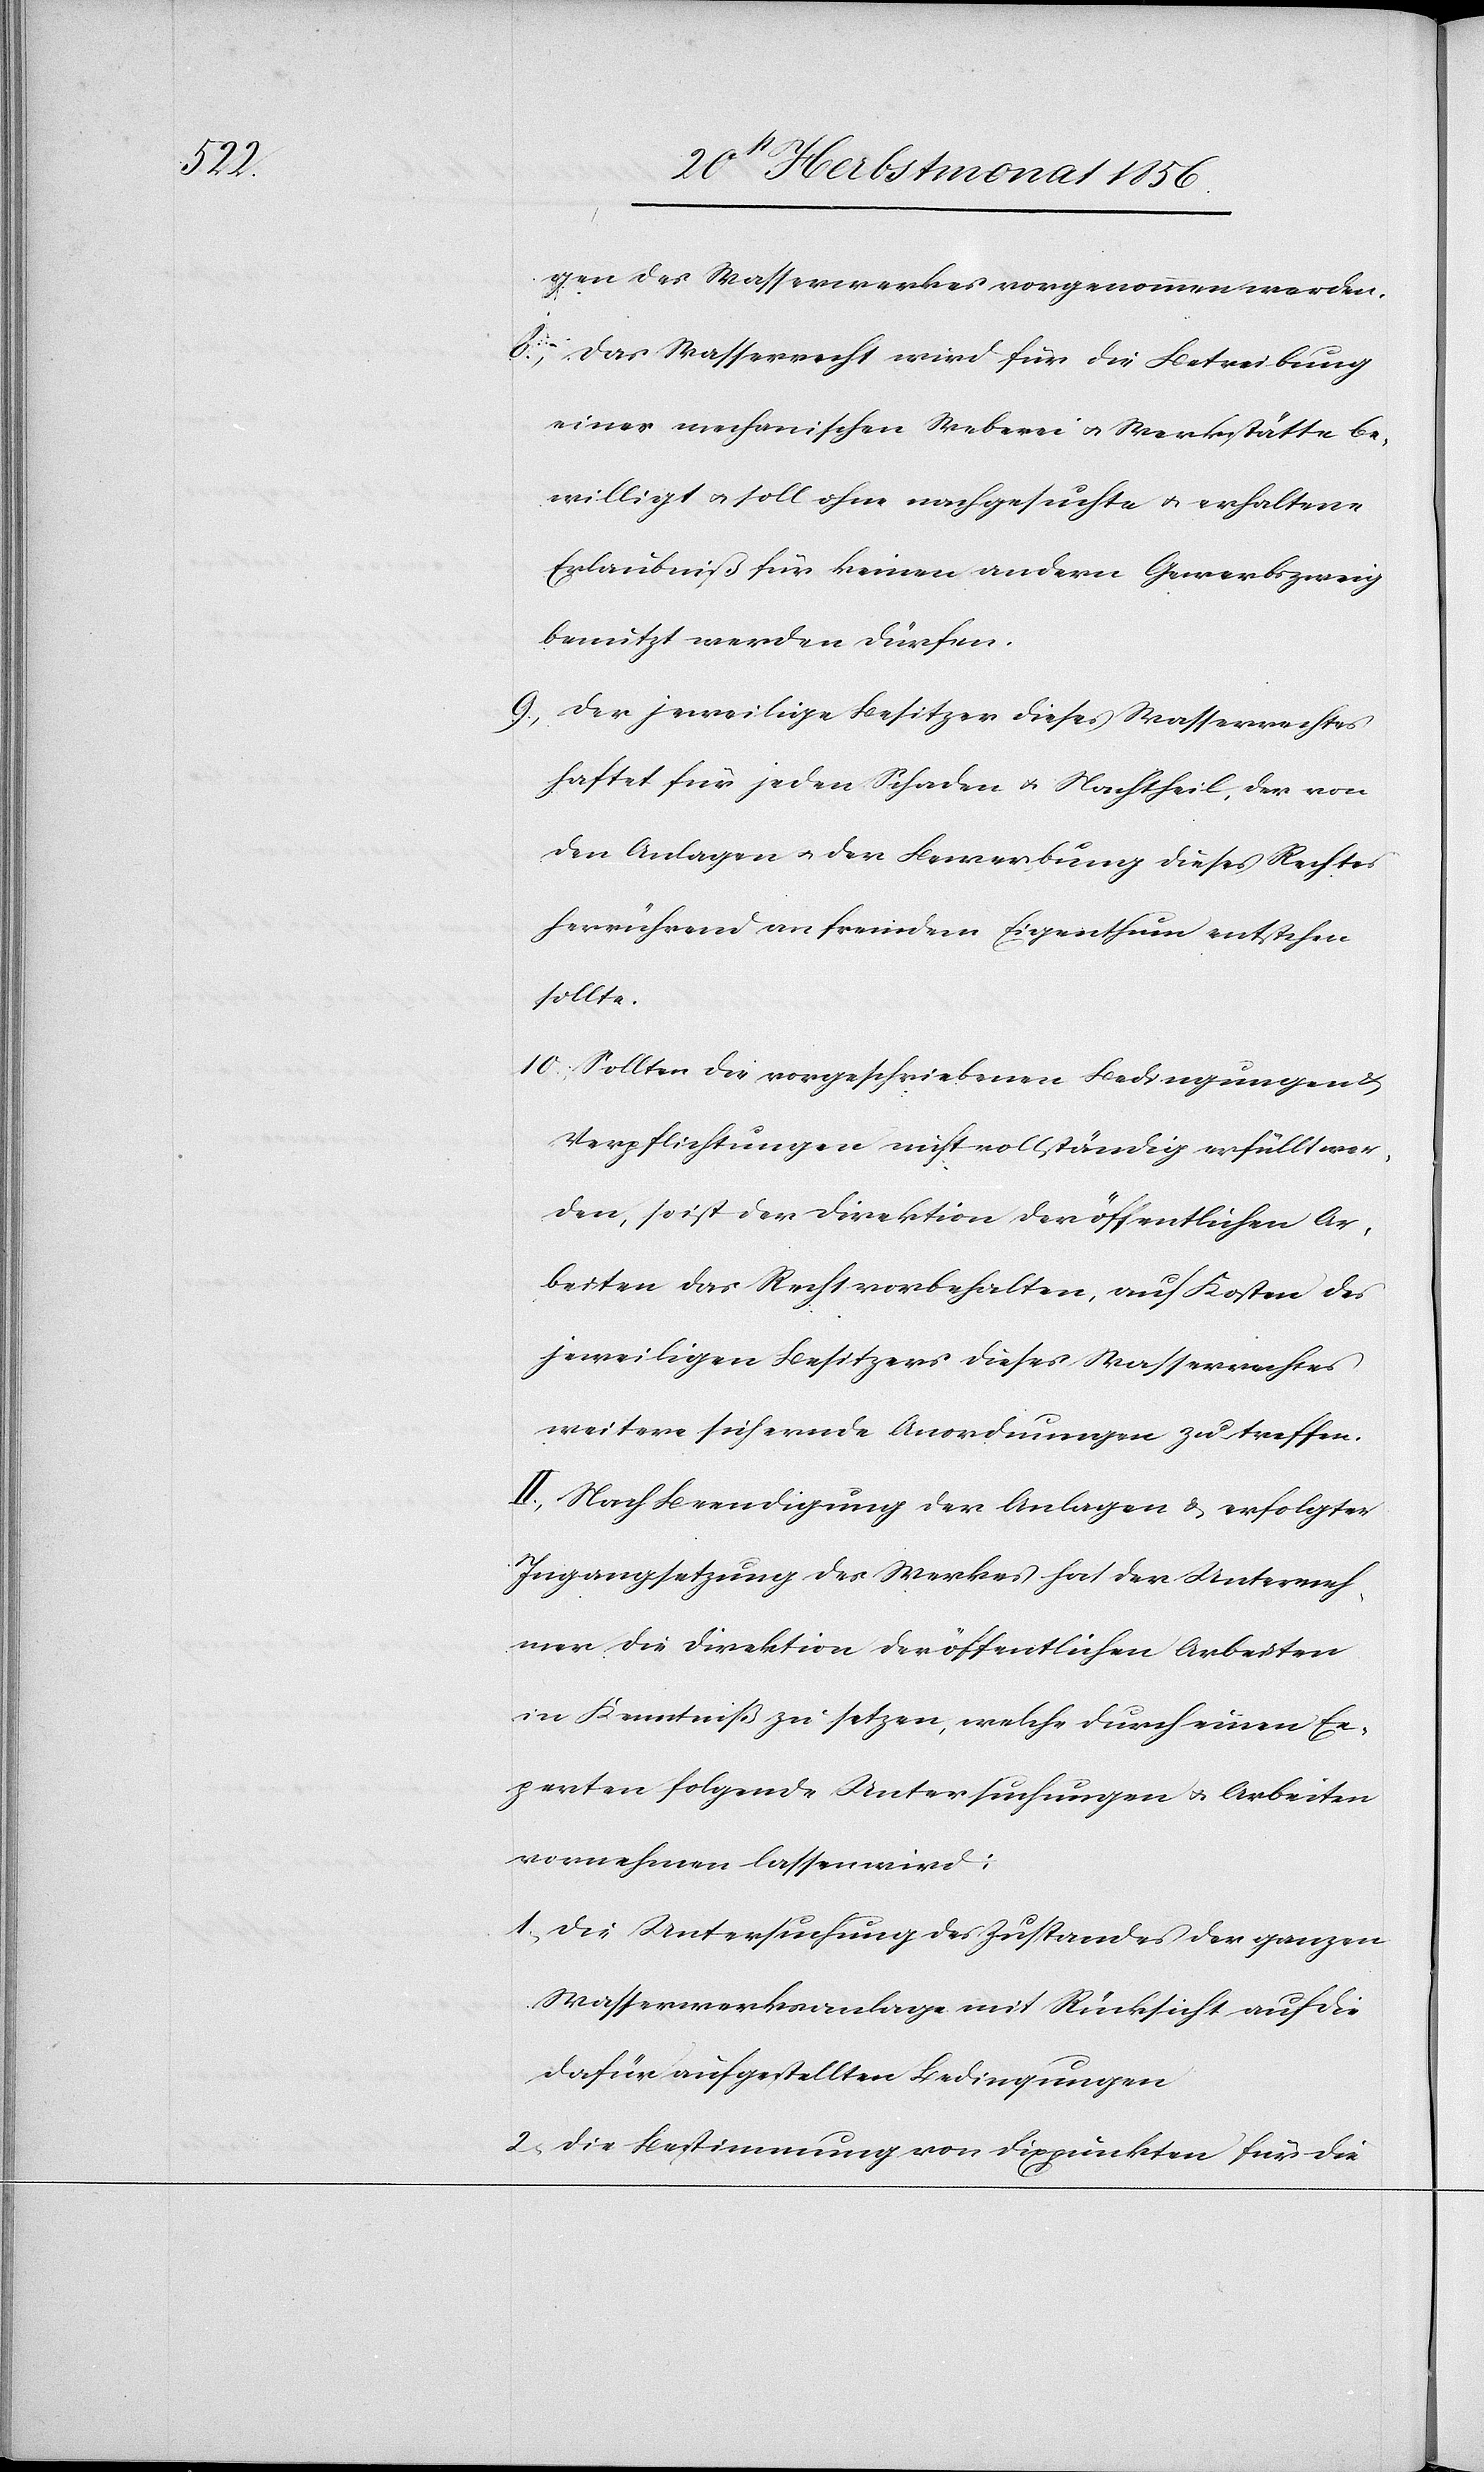
gen des Wasserwerkes vorgenommen werden.
8.) Das Wasserrecht wird für die Betreibung
einer mechanischen Weberei u. Werkstätte be¬
willigt u. soll ohne nachgesuchte u. erhaltene
Erlaubniß für keinen andern Gewerbszweig
benutzt werden dürfen.
9.) Der jeweilige Besitzer dieses Wasserrechtes
haftet für jeden Schaden u. Nachtheil, der von
den Anlagen u. der Bewerbung dieses Rechtes
herrührend an fremdem Eigenthum entstehen
sollte.
10.) Sollten die vorgeschriebenen Bedingungen
Verpflichtungen nicht vollständig erfüllt wer¬
den, so ist der Direktion der öffentlichen Ar¬
beiten das Recht vorbehalten, auf Kosten des
jeweiligen Besitzers dieses Wasserrechtes
weitere sichernde Anordnungen zu treffen.
II.) Nach Beendigung der Analgen & erfolgter
Ingangsetzung des Werkes hat der Unterneh¬
mer die Direktion der öffentlichen Arbeiten
in Kenntniß zu setzen, welche durch einen Ex¬
perten folgende Untersuchungen u. Arbeiten
vornehmen lassen wird:
1.) Die Untersuchung des Zustandes der ganzen
Wasserwerksanlage mit Rücksicht auf die
dafür aufgestellten Bedingungen
2.) Die Bestimmung von Fixpunkten für die